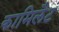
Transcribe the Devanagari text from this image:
कामिलैट